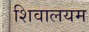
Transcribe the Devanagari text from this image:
शिवालयम